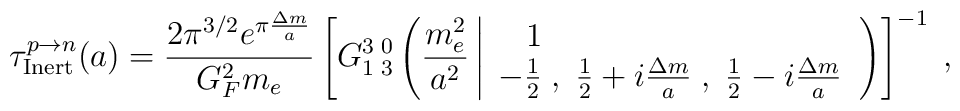
{\tau}^{p  \to n}_{\rm Inert} (a) = \frac{2 \pi^{3/2} e^{\pi \frac{{\Delta m}}{a}}}{G_F^2  m_e } \left[ G_{1\;3}^{3\;0} \left( \frac{m_e^2}{a^2} \left| \begin{array}{l} \;\;\;1\\ -\frac{1}{2}\;,\;\frac{1}{2}+i \frac{\Delta m}{a}\;,\;\frac{1}{2}-i \frac{\Delta m}{a} \end{array} \right. \right) \right]^{-1} \; ,